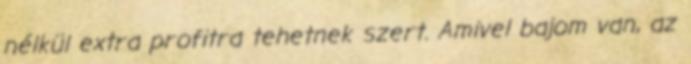
nélkül extra profitra tehetnek szert. Amivel bajom van, az